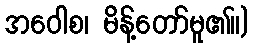
အဝေါစ၊ မိန့်တော်မူ၏။)